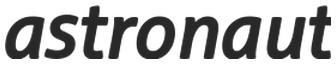
astronaut